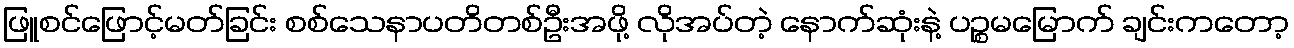
ဖြူစင်ဖြောင့်မတ်ခြင်း စစ်သေနာပတိတစ်ဦးအဖို့ လိုအပ်တဲ့ နောက်ဆုံးနဲ့ ပဉ္စမမြောက် ချင်းကတော့